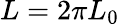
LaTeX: L=2\pi L_{0}